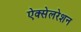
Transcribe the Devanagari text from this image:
ऐक्सेलरेशन